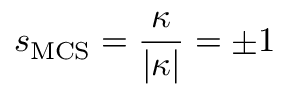
s _ { \mathrm { M C S } } = \frac { \kappa } { | \kappa | } = \pm 1